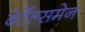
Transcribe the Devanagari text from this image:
बेर्टेल्समेन